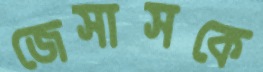
জেসাসকে